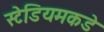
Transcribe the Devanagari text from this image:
स्टेडियमकडे